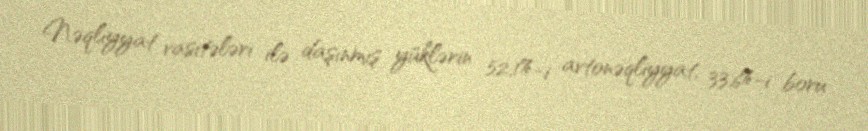
Nəqliyyat vasitələri ilə daşınmış yüklərin 52,1%-i avtonəqliyyat, 33,6%-i boru